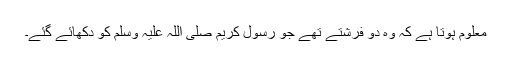
معلوم ہوتا ہے کہ وہ دو فرشتے تھے جو رسول کریم صلی اللہ علیہ وسلم کو دکھائے گئے۔